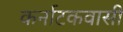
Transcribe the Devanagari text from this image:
कर्नाटकवासी